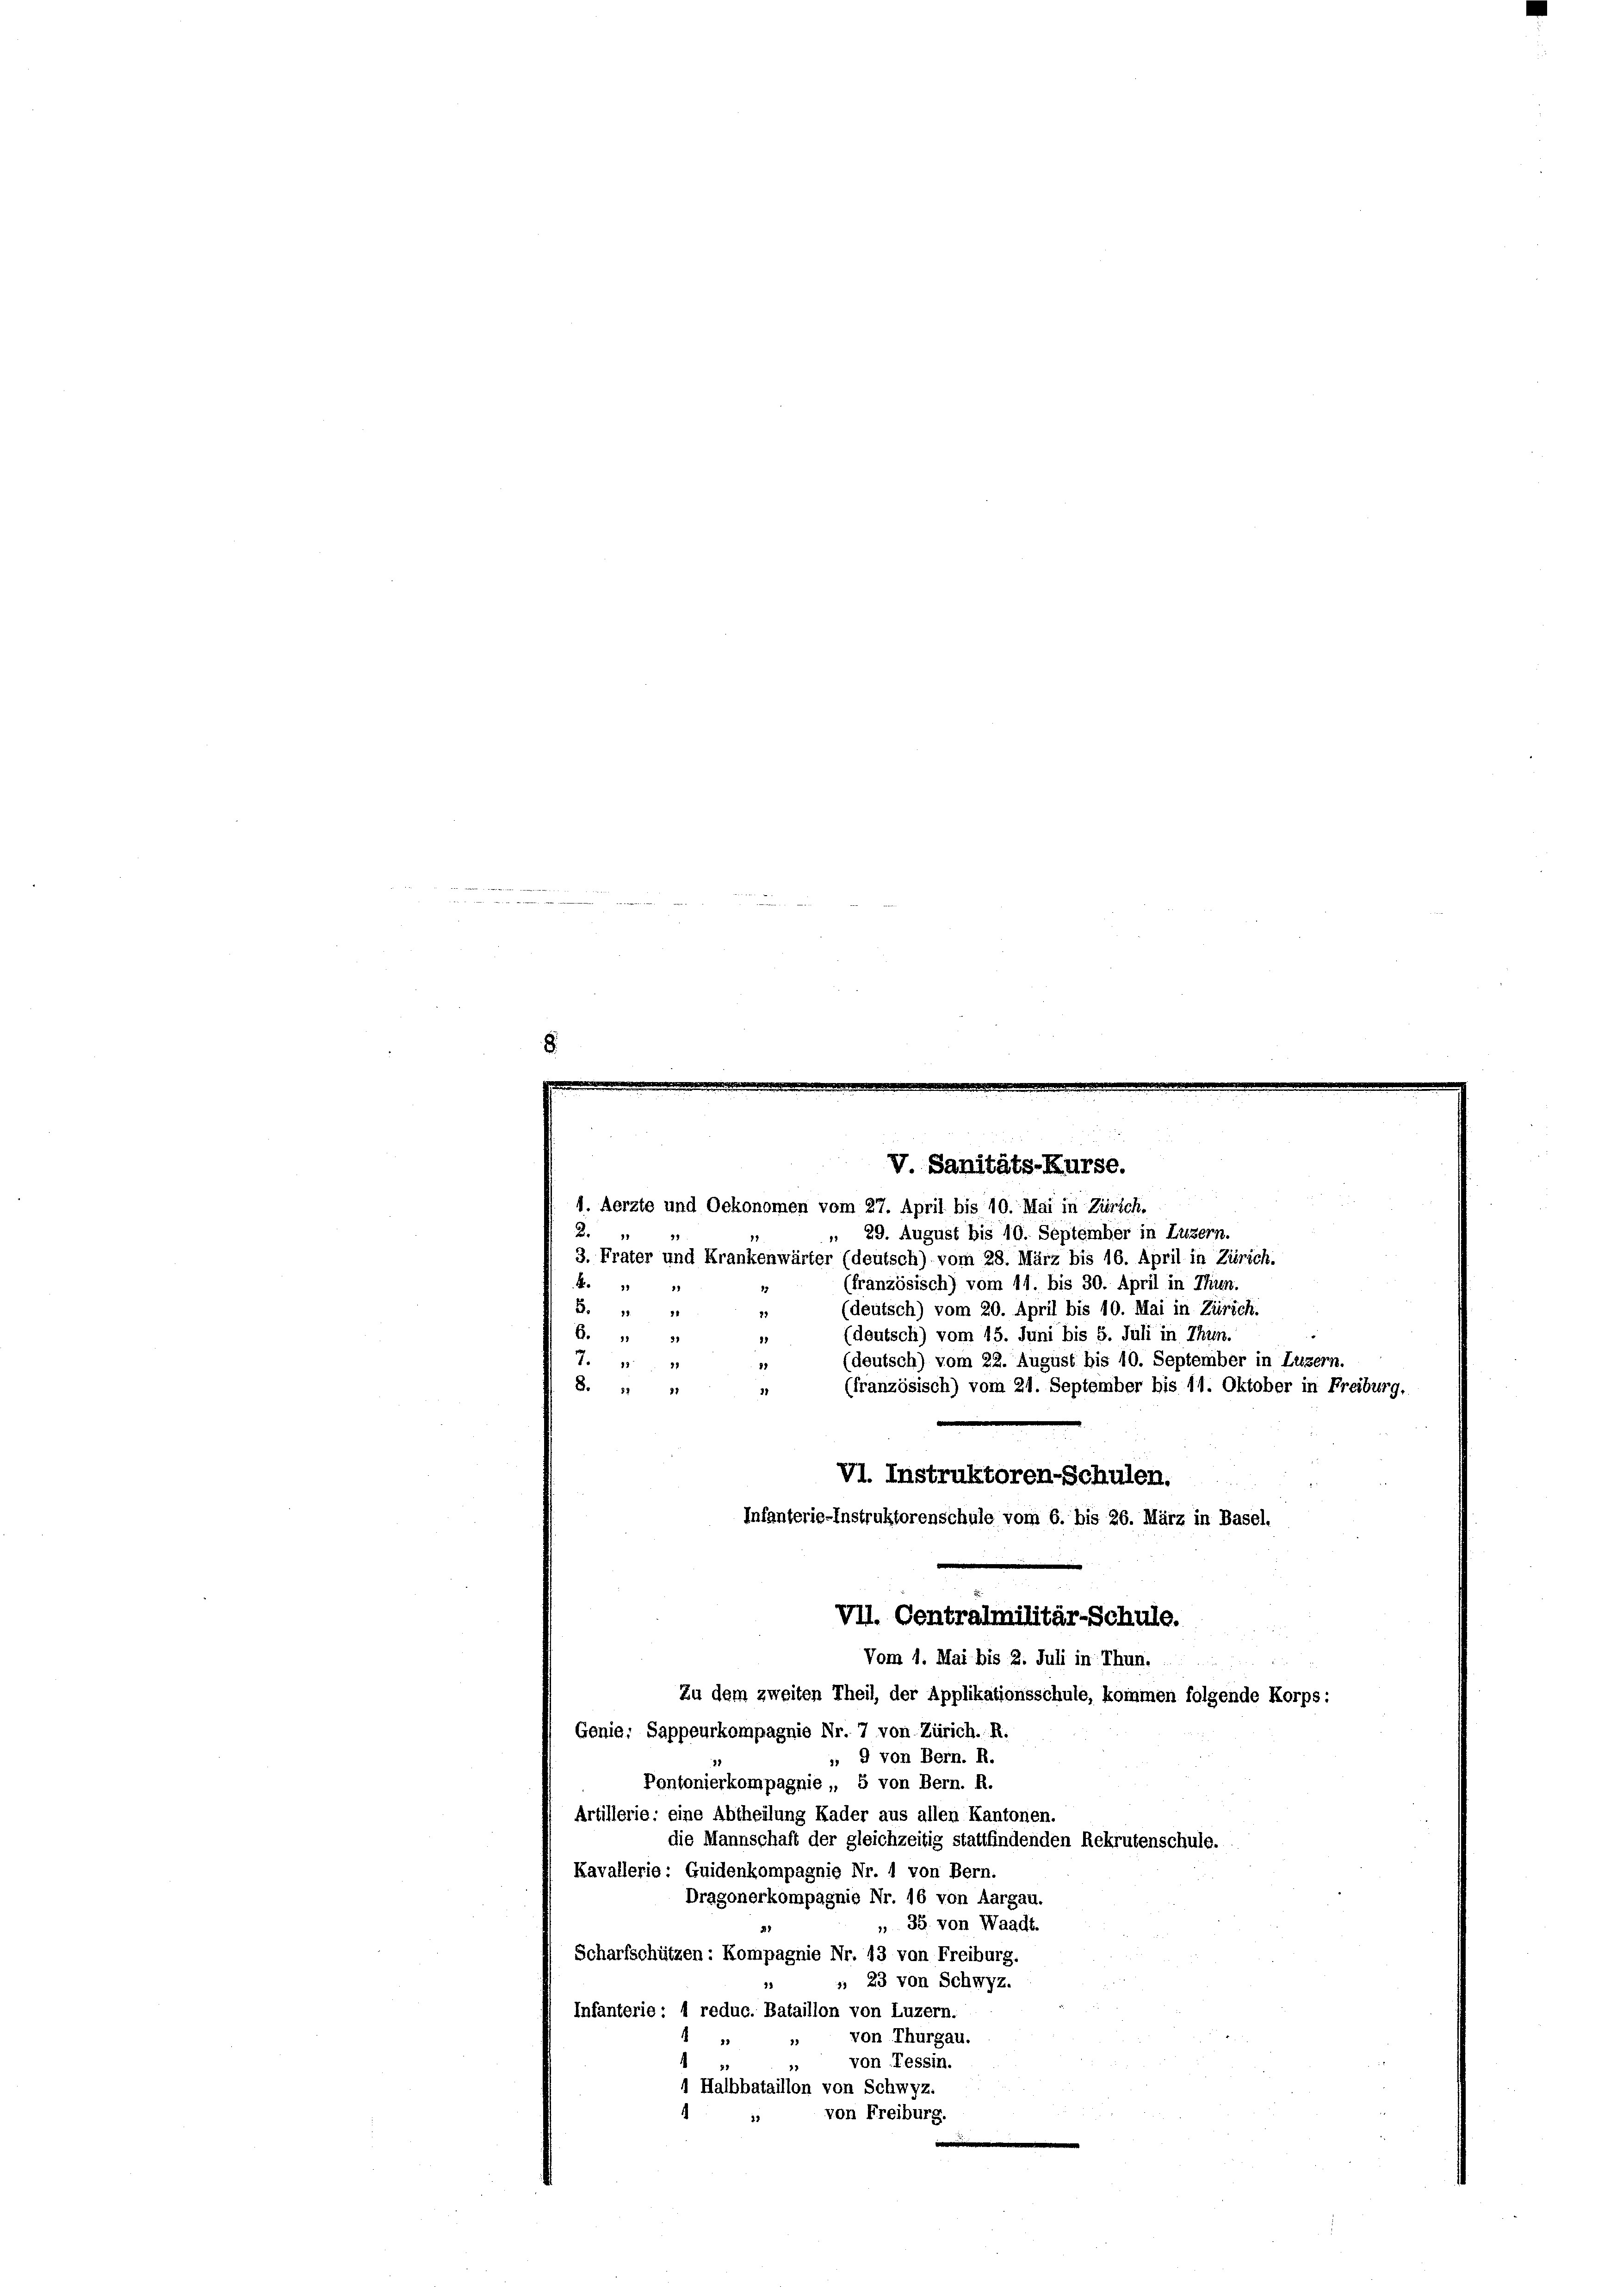
d
m
.

1. Aerzte und Oekonomen vom 27. April bis 10. Mai in Zürich.
 29. August bis 10. September in Luzern.
3. Frater und Krankenwärter (deutsch) vom 28. März bis 16. April in Zürich.
(französisch) vom 11. bis 30. April in Thun.
(deutsch) vom 20. April bis 10. Mai in Zürich.
(deutsch) vom 15. Juni bis 5. Juli in Thun.
(deutsch) vom 22. August bis 10. September in Luzern,
(französisch) vom 21. September bis 11. Oktober in Freiburg,
VI. Instruktoren-Schulen.
Infanterie-Instruktorenschule vom 6. bis 26. März in Basel.

19

.
3 11 1
7.12
S. 11 11

6.

V. Sanitäts-Kurse.

VII. Centralmilitär-Schule.
Vom 1. Mai bis 2. Juli in Thun.
Zu dem zweiten Theil, der Applikationsschule, kommen folgende Korps:

Genie: Sappeurkompagnie Nr. 7 von Zürich. R.
 9 von Bern. R.
Pontonierkompagnie, 5 von Bern. R.
Artillerie: eine Abtheilung Kader aus allen Kantonen.
die Mannschaft der gleichzeitig stattfindenden Rekrutenschule.
Kavallerie: Guidenkompagnie Nr. 1 von Bern.
Dragonerkompagnie Nr. 16 von Aargau.
 35. von Waadt.
Scharfschützen: Kompagnie Nr. 13 von Freiburg.
», 23 von Schwyz.
Infanterie: 1 reduc. Bataillon von Luzern.
von Thurgau.
von Tessin.
37
1 Halbbataillon von Schwyz.
von Freiburg.